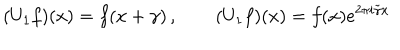
( U _ { 1 } f ) ( x ) = f ( x + \gamma ) \, , \qquad ( U _ { 1 } f ) ( x ) = f ( x ) e ^ { 2 \pi i \tilde { \gamma } x }